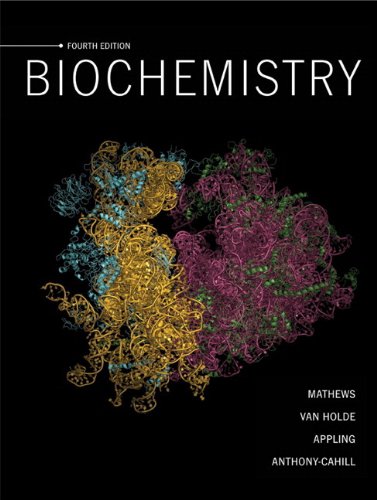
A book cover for Biochemistry (4th Edition); Christopher K. Mathews; Engineering & Transportation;